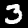
Label: 3